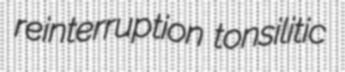
reinterruption tonsilitic